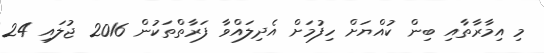
މި އިމާރާތާއި ބިން ކުއްޔަށް ހިފުމަށް އެދިލައްވާ ފަރާތްތަކުން 2016 ޖުލައި 24